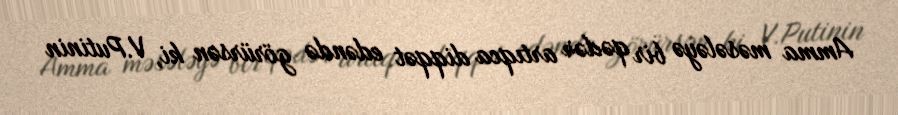
Amma məsələyə bir qədər artıqca diqqət edəndə görürsən ki, V.Putinin